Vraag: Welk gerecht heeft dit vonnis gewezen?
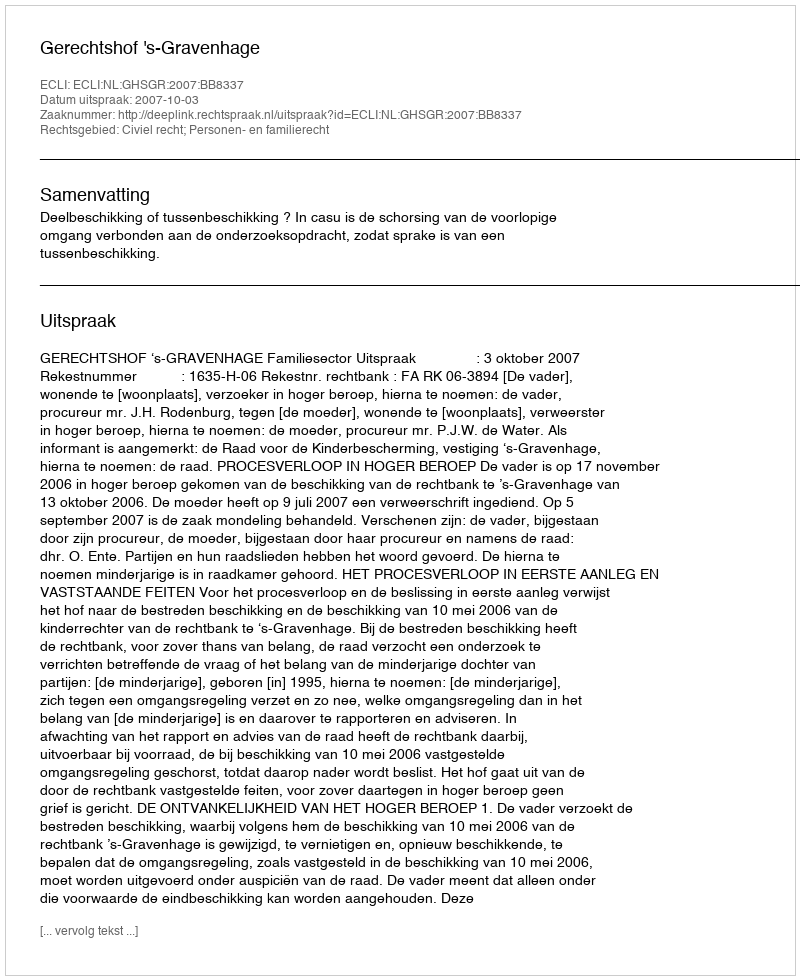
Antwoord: Gerechtshof 's-Gravenhage